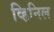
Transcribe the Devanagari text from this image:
व्हिनिल